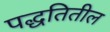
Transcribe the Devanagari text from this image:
पद्धतितील